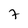
Character: 7